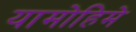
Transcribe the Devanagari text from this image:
यामोहिमे